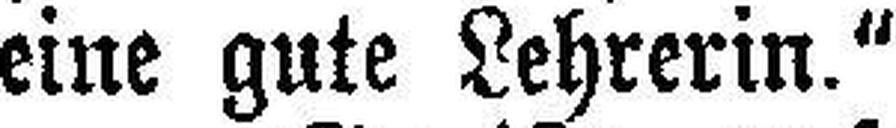
eine gute Lehrerin."